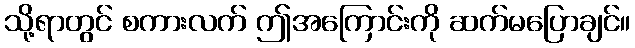
သို့ရာတွင် စကားလက် ဤအကြောင်းကို ဆက်မပြောချင်။